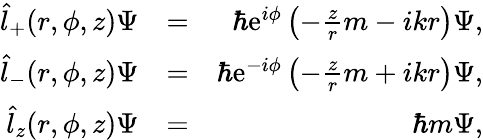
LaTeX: \begin{array}{rlr}{\hat{l}_{+}(r,\phi,z)\Psi}&{=}&{\hbar\mathrm{e}^{i\phi}\left(-\frac{z}{r}m-ikr\right)\Psi,}\\ {\hat{l}_{-}(r,\phi,z)\Psi}&{=}&{\hbar\mathrm{e}^{-i\phi}\left(-\frac{z}{r}m+ikr\right)\Psi,}\\ {\hat{l}_{z}(r,\phi,z)\Psi}&{=}&{\hbar m\Psi,}\end{array}